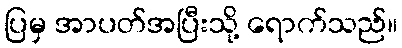
ပြမှ အာပတ်အပြီးသို့ ရောက်သည်။